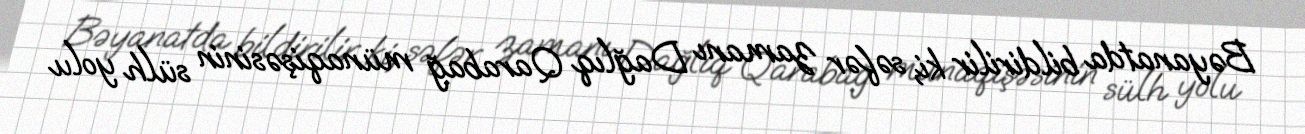
Bəyanatda bildirilir ki, səfər zamanı Dağlıq Qarabağ münaqişəsinin sülh yolu